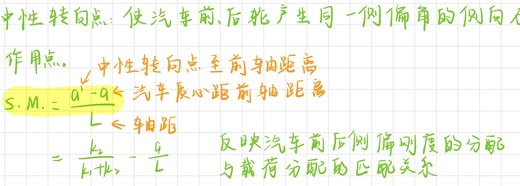
中性转向点：使汽车前、后轮产生同一侧偏角的侧向力
作用点。
\[
\begin{align*}
S.M. &=\frac{a^{\prime}-a}{L}\\
&=\frac{k_{2}-k_{1}}{L}\cdot\frac{a}{L}
\end{align*}
\]
反映汽车前后侧偏刚度的分配
与载荷分配的匹配关系